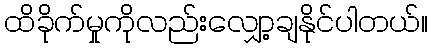
ထိခိုက်မှုကိုလည်းလျှော့ချနိုင်ပါတယ်။